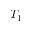
T _ { 1 }